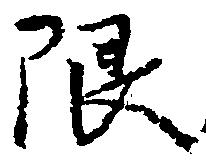
限